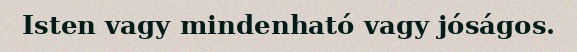
Isten vagy mindenható vagy jóságos.